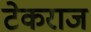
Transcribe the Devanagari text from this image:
टेकराज